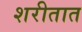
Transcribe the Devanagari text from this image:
शरीतात